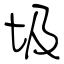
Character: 圾